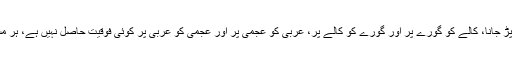
پھر فرمایا: زبان کی بنیاد پر رنگ نسل کی بنیاد پر تعصب میں مت پڑ جانا، کالے کو گورے پر اور گورے کو کالے پر، عربی کو عجمی پر اور عجمی کو عربی پر کوئی فوقیت حاصل نہیں ہے، ہر مسلمان دوسرے مسلمان کا بھائی ہے تم سب اللہ کی نظر میں برابر ہو۔